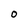
Character: O